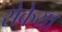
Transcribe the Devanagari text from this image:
रोकेया